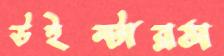
উইন্টারস